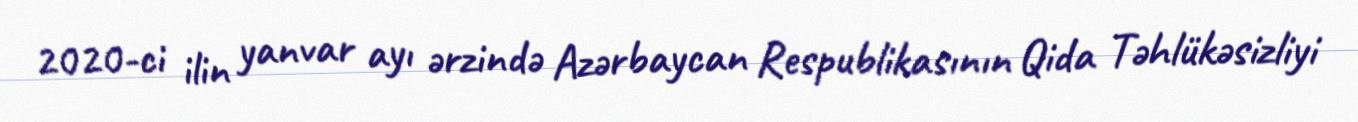
2020-ci ilin yanvar ayı ərzində Azərbaycan Respublikasının Qida Təhlükəsizliyi